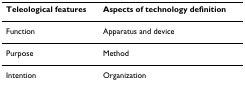
| Teleological features | Aspects of technology definition |
 | --- | --- |
 | Function | Apparatus and device |
 | Purpose | Method |
 | Intention | Organization |